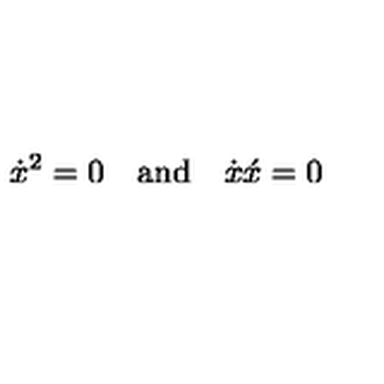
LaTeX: \dot { x } ^ { 2 } = 0 \quad \mathrm { a n d } \quad \dot { x } \acute { x } = 0